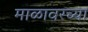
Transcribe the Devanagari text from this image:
माळावरच्या